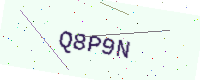
Text: Q8P9N